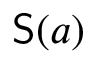
{ \mathsf { S } } ( a )